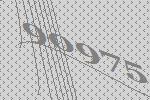
90975